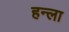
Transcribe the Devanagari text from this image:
हन्ला